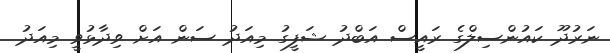
ނަރުދޫ ކައުންސިލްގެ ރައީސް އަބްދު ޝަފީގު މިއަދު ސަން އަށް ވިދާޅުވީ މިއަދު